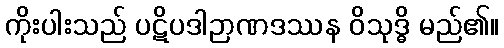
ကိုးပါးသည် ပဋိပဒါဉာဏဒဿန ဝိသုဒ္ဓိ မည်၏။